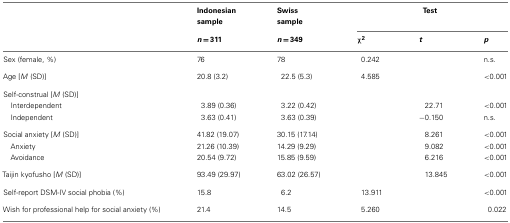
|  | Indonesian sample | Swiss sample | <COLSPAN=3> Test |
 |  | n = 311 | n = 349 | χ2 | t | p |
 | --- | --- | --- | --- | --- | --- |
 | Sex (female, %) | 76 | 78 | 0.242 |  | n.s. |
 | Age [M (SD)] | 20.8 (3.2) | 22.5 (5.3) | 4.585 |  | <0.001 |
 | <COLSPAN=6> Self-construal [M (SD)] |
 | Interdependent | 3.89 (0.36) | 3.22 (0.42) |  | 22.71 | <0.001 |
 | Independent | 3.63 (0.41) | 3.63 (0.39) |  | −0.150 | n.s. |
 | Social anxiety [M (SD)] | 41.82 (19.07) | 30.15 (17.14) |  | 8.261 | <0.001 |
 | Anxiety | 21.26 (10.39) | 14.29 (9.29) |  | 9.082 | <0.001 |
 | Avoidance | 20.54 (9.72) | 15.85 (9.59) |  | 6.216 | <0.001 |
 | Taijin kyofusho [M (SD)] | 93.49 (29.97) | 63.02 (26.57) |  | 13.845 | <0.001 |
 | Self-report DSM-IV social phobia (%) | 15.8 | 6.2 | 13.911 |  | <0.001 |
 | Wish for professional help for social anxiety (%) | 21.4 | 14.5 | 5.260 |  | 0.022 |